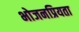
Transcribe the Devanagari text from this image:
भोजनप्रियता